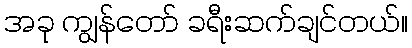
အခု ကျွန်တော် ခရီးဆက်ချင်တယ်။